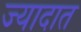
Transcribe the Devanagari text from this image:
ज्यादात